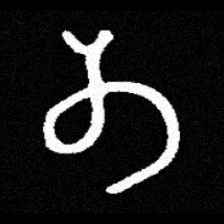
Pyu character \u2014 Myanmar letter: တ (romanized: ta)